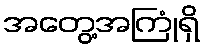
အတွေ့အကြုံရှိ